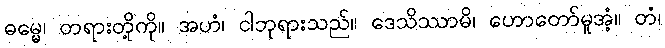
ဓမ္မေ၊ တရားတို့ကို။ အဟံ၊ ငါဘုရားသည်။ ဒေသိဿာမိ၊ ဟောတော်မူအံ့။ တံ၊